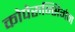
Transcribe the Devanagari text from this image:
कोपेरुन्सिगंन